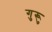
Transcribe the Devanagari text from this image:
गुरूु